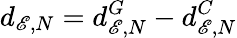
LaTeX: d_{\mathscr{E},N}=d_{\mathscr{E},N}^{G}-{d}_{\mathscr{E},N}^{C}